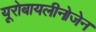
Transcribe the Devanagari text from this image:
यूरोबायलीनोजेन